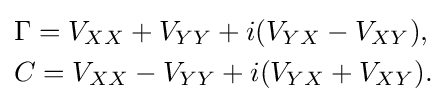
{\begin{aligned}&\Gamma =V_{XX}+V_{YY}+i(V_{YX}-V_{XY}),\\&C=V_{XX}-V_{YY}+i(V_{YX}+V_{XY}).\end{aligned}}